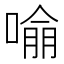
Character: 𭊏